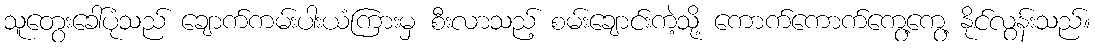
သူတွေးခေါ်ပုံသည် ချောက်ကမ်းပါးယံကြားမှ စီးလာသည့် စမ်းချောင်းကဲ့သို့ ကောက်ကောက်ကွေ့ကွေ့ နိုင်လွန်းသည်။